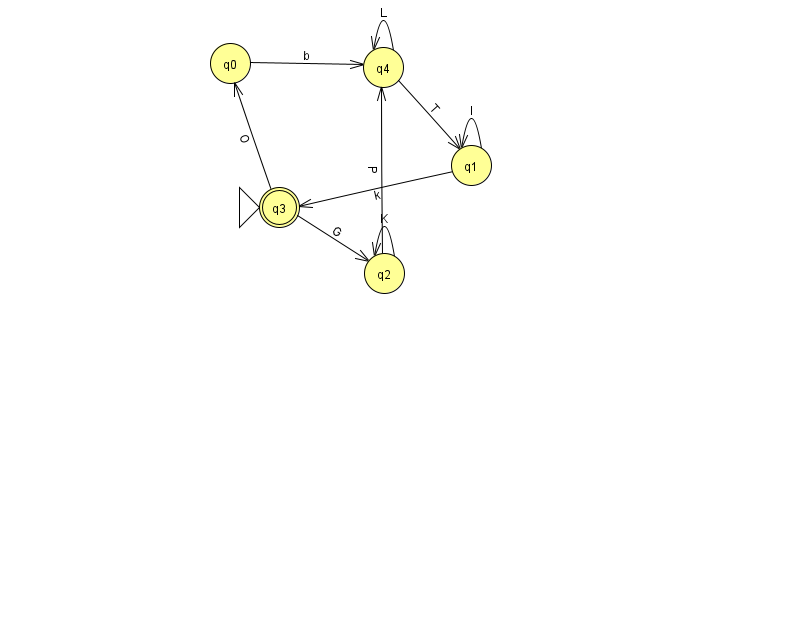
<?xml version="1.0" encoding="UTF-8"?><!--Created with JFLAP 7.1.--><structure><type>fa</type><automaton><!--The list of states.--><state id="0" name="q0"><x>230.0</x><y>50.0</y></state><state id="1" name="q1"><x>471.0</x><y>152.0</y></state><state id="2" name="q2"><x>384.0</x><y>260.0</y></state><state id="3" name="q3"><x>279.0</x><y>194.0</y><initial/><final/></state><state id="4" name="q4"><x>383.0</x><y>54.0</y></state><!--The list of transitions.--><transition><from>3</from><to>0</to><read>O</read></transition><transition><from>4</from><to>1</to><read>T</read></transition><transition><from>3</from><to>2</to><read>G</read></transition><transition><from>1</from><to>1</to><read>I</read></transition><transition><from>2</from><to>2</to><read>K</read></transition><transition><from>4</from><to>4</to><read>L</read></transition><transition><from>1</from><to>3</to><read>k</read></transition><transition><from>2</from><to>4</to><read>P</read></transition><transition><from>0</from><to>4</to><read>b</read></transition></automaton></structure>